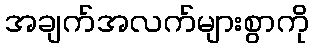
အချက်အလက်များစွာကို